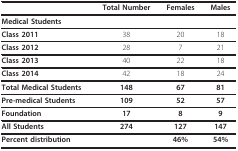
<table><thead><tr><td></td><td><b>Total Number</b></td><td><b>Females</b></td><td><b>Males</b></td></tr></thead><tbody><tr><td><b>Medical Students</b></td><td></td><td></td><td></td></tr><tr><td><b>Class 2011</b></td><td>38</td><td>20</td><td>18</td></tr><tr><td><b>Class 2012</b></td><td>28</td><td>7</td><td>21</td></tr><tr><td><b>Class 2013</b></td><td>40</td><td>22</td><td>18</td></tr><tr><td><b>Class 2014</b></td><td>42</td><td>18</td><td>24</td></tr><tr><td><b>Total Medical Students</b></td><td><b>148</b></td><td><b>67</b></td><td><b>81</b></td></tr><tr><td><b>Pre-medical Students</b></td><td><b>109</b></td><td><b>52</b></td><td><b>57</b></td></tr><tr><td><b>Foundation</b></td><td><b>17</b></td><td><b>8</b></td><td><b>9</b></td></tr><tr><td><b>All Students</b></td><td><b>274</b></td><td><b>127</b></td><td><b>147</b></td></tr><tr><td><b>Percent distribution</b></td><td></td><td><b>46%</b></td><td><b>54%</b></td></tr></tbody></table>